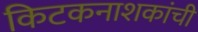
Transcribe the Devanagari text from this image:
किटकनाशकांची